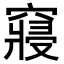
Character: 𥨊